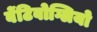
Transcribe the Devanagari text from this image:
बेंटिवोग्लियो